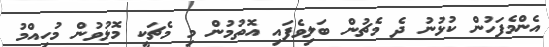
އެންމެފަހުން ކުޅުނު ދެ މެޗުން ބަލިވެފައި އޮތުމުން މި މެޗަކީ މޮޅުވުން މުހިއްމު